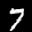
Label: 7